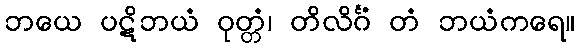
ဘယေ ပဋိဘယံ ဝုတ္တံ၊ တိလိင်္ဂံ တံ ဘယံကရေ။